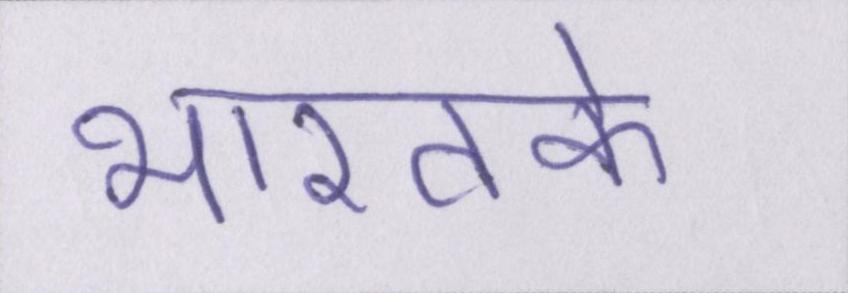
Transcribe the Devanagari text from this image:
भारतके